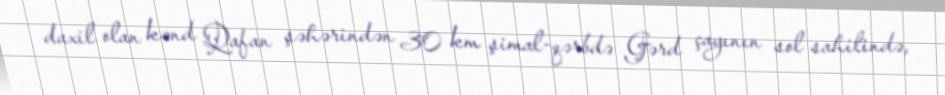
daxil olan kənd Qafan şəhərindən 30 km şimal-qərbdə Gərd çayının sol sahilində,